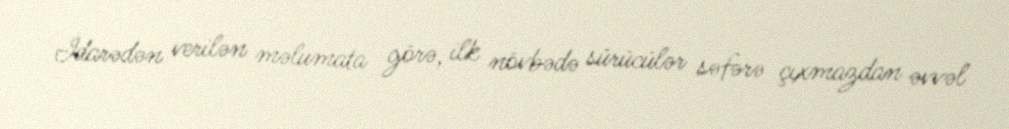
İdarədən verilən məlumata görə, ilk növbədə sürücülər səfərə çıxmazdan əvvəl